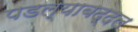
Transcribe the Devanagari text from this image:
पडल्याबद्दल